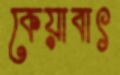
কেয়াবাৎ